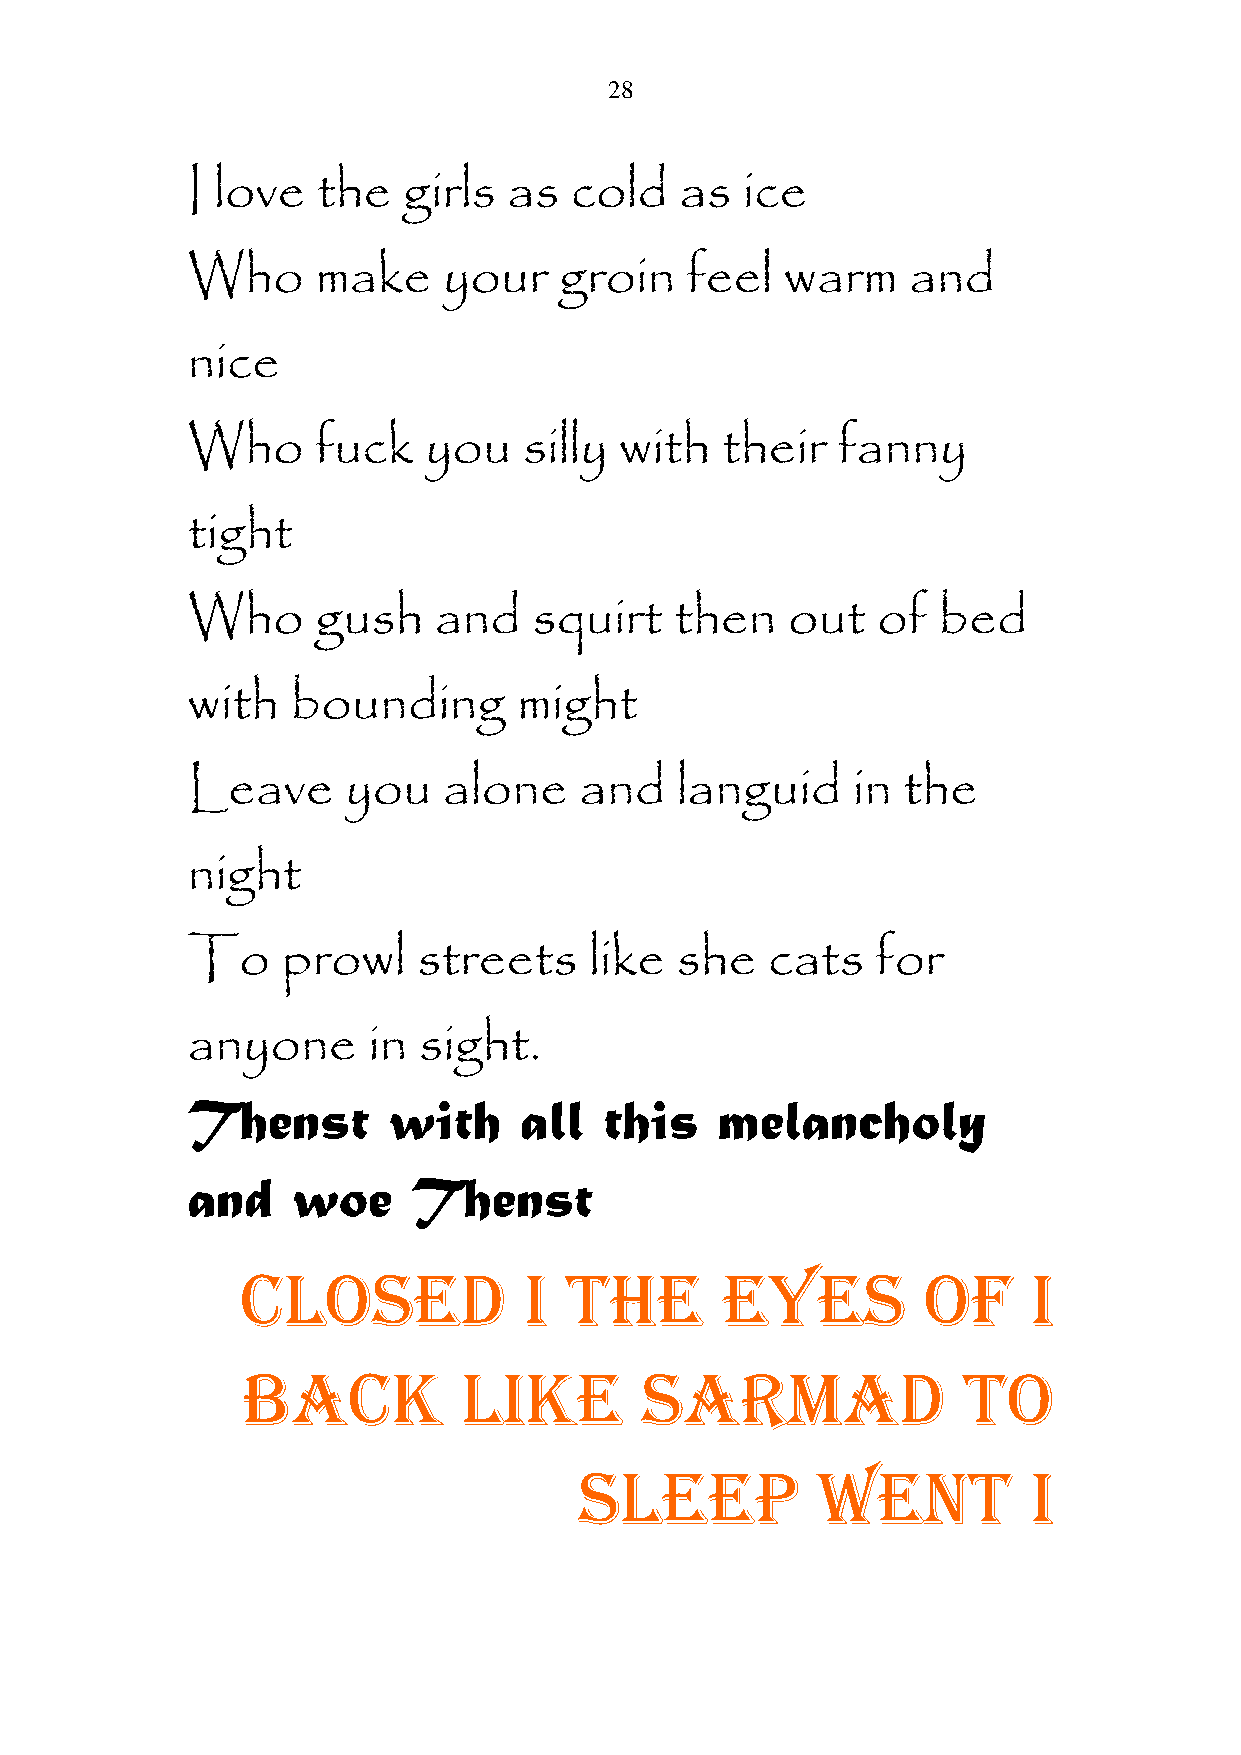
28
 I love   the   girls  as  cold   as  ice
 Who      make    your    groin   feel   warm    and
 nice
 Who      fuck   you    silly with   their  fanny
 tight
 Who      gush    and   squirt    then   out   of  bed
 with   bounding       might
 Leave      you   alone    and    languid    in  the
 night
 To     prowl    streets    like  she   cats   for
 anyone      in  sight.
 Thenst        with    all   this   melancholy
 and    woe     Thenst
 CLOSED             I THE        EYES         OF     I
 BACK           LIKE       SARMAD                TO
 SLEEP           WENT          I